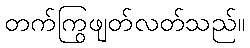
တက်ကြွဖျတ်လတ်သည်။